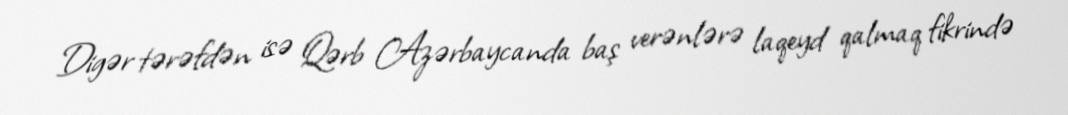
Digər tərəfdən isə Qərb Azərbaycanda baş verənlərə laqeyd qalmaq fikrində